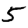
Digit: 5